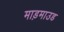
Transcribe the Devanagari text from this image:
माड़माउड